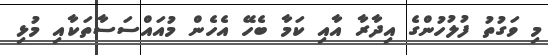
މި ވަގުތު ފުލުހުންގެ އިދާރާ އާއި ކަމާ ބެހޭ އެހެން މުއައްސަސާތަކާއި މުޅި